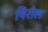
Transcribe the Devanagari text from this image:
पिरोल